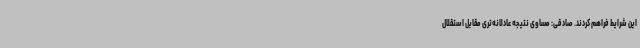
این شرایط فراهم کردند. صادقی: مساوی نتیجه عادلانه‌تری مقابل استقلال